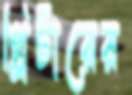
গ্লিটারের